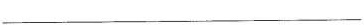
___